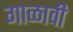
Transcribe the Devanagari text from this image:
गाळावी